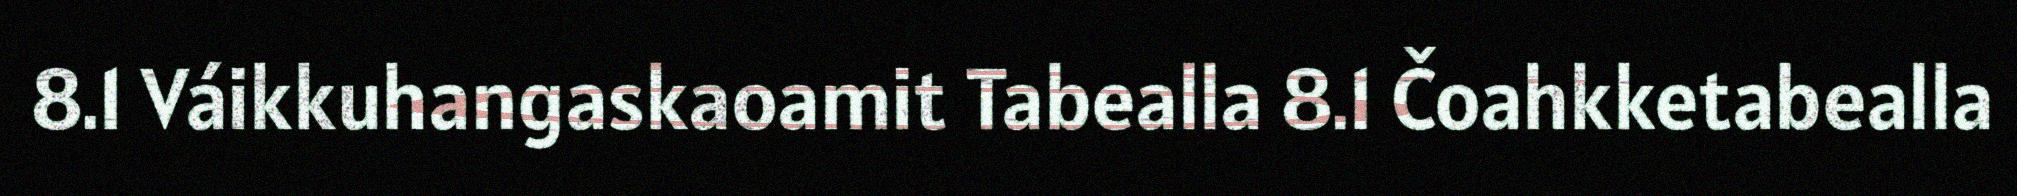
8.1 Váikkuhangaskaoamit Tabealla 8.1 Čoahkketabealla